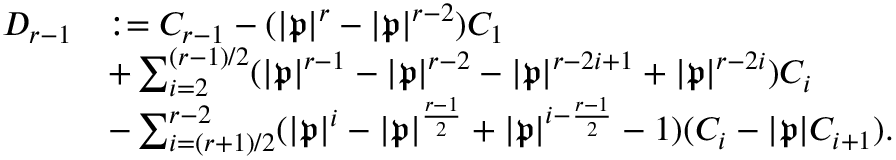
\begin{array} { r l } { D _ { r - 1 } } & { : = C _ { r - 1 } - ( | \mathfrak { p } | ^ { r } - | \mathfrak { p } | ^ { r - 2 } ) C _ { 1 } } \\ & { + \sum _ { i = 2 } ^ { ( r - 1 ) / 2 } ( | \mathfrak { p } | ^ { r - 1 } - | \mathfrak { p } | ^ { r - 2 } - | \mathfrak { p } | ^ { r - 2 i + 1 } + | \mathfrak { p } | ^ { r - 2 i } ) C _ { i } } \\ & { - \sum _ { i = ( r + 1 ) / 2 } ^ { r - 2 } ( | \mathfrak { p } | ^ { i } - | \mathfrak { p } | ^ { \frac { r - 1 } { 2 } } + | \mathfrak { p } | ^ { i - \frac { r - 1 } { 2 } } - 1 ) ( C _ { i } - | \mathfrak { p } | C _ { i + 1 } ) . } \end{array}